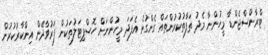
ޓްރާންސްޖެންޑާ މީހުންނާ މެދު ތަފާތުކުރުންތައް ގެންގުޅެ އެފަދަ މީހުންނަށް ހޮސްޕިޓަލުތަކުން ފަރުވާދޭން އިންކާރުކުރުން